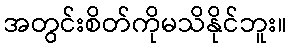
အတွင်းစိတ်ကိုမသိနိုင်ဘူး။